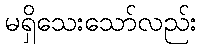
မရှိသေးသော်လည်း